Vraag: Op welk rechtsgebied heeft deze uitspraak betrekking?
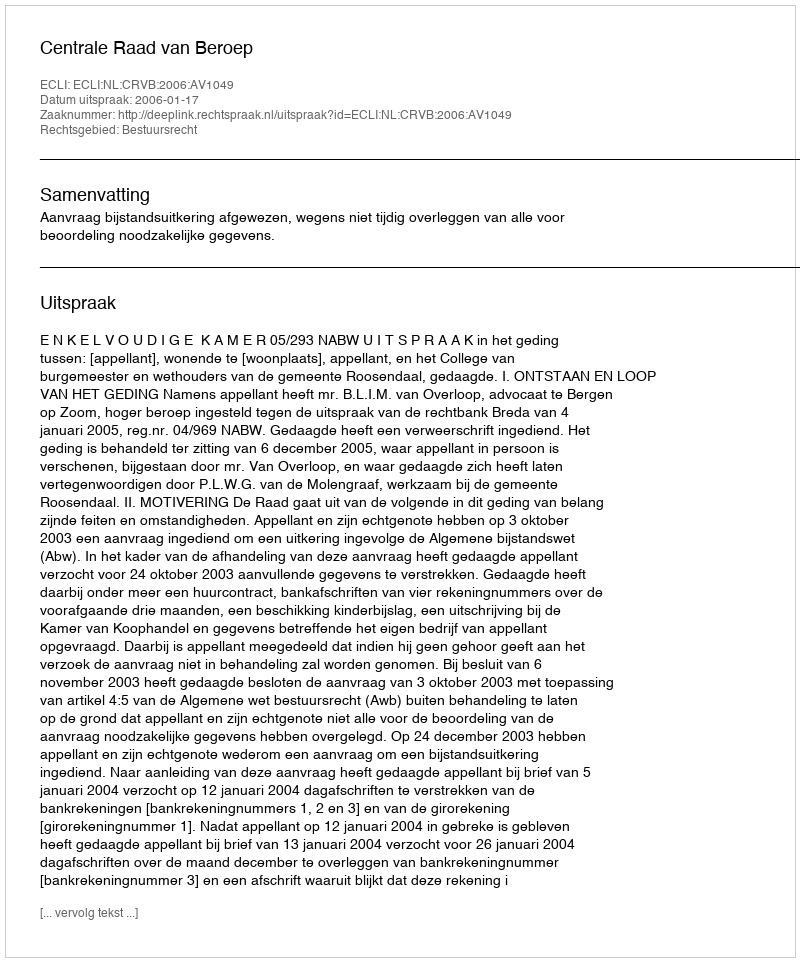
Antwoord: Bestuursrecht